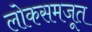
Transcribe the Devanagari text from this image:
लोकसमजूत